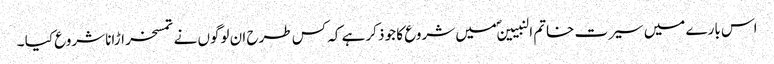
اس بارے میں سیرت خاتم النبیینؐ میں شروع کا جو ذکر ہے کہ کس طرح ان لوگوں نے تمسخر اڑانا شروع کیا ۔